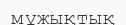
мұжықтық